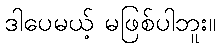
ဒါပေမယ့် မဖြစ်ပါဘူး။